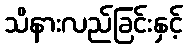
သိနားလည်ခြင်းနှင့်